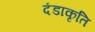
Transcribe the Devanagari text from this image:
दंडाकृति